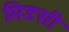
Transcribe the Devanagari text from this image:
मिडसी